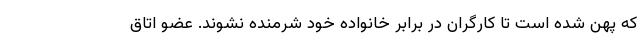
که پهن شده است تا کارگران در برابر خانواده خود شرمنده نشوند. عضو اتاق